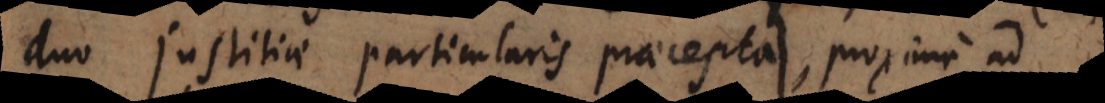
duo justitiae particularis praecepta, proxime ad